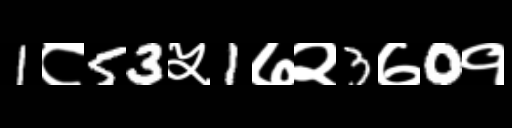
Text: 1८53५1७२3७0१